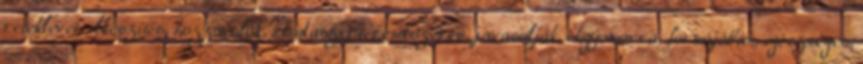
reteklevet, elkészítés, hozzávalók, csodaszert, rendszeres, javasolják, éhgyomorra, formájában, egészséges,